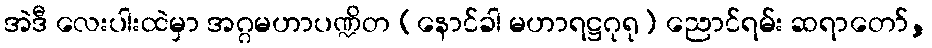
အဲဒီ လေးပါးထဲမှာ အဂ္ဂမဟာပဏ္ဍိတ (နောင်ခါ မဟာရဋ္ဌဂုရု) ညောင်ရမ်း ဆရာတော်,